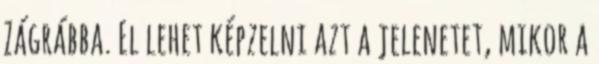
Zágrábba. El lehet képzelni azt a jelenetet, mikor a